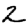
Digit: 2